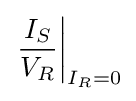
\left.{\frac {I_{S}}{V_{R}}}\right|_{I_{R}=0}